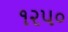
૧૨૫૦